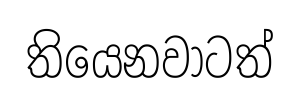
තියෙනවාටත්